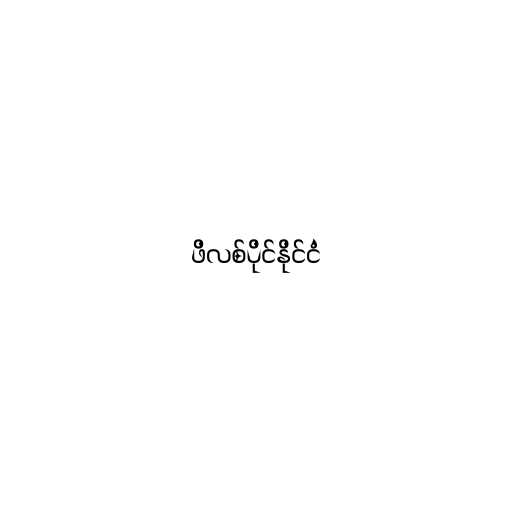
ဖိလစ်ပိုင်နိုင်ငံ